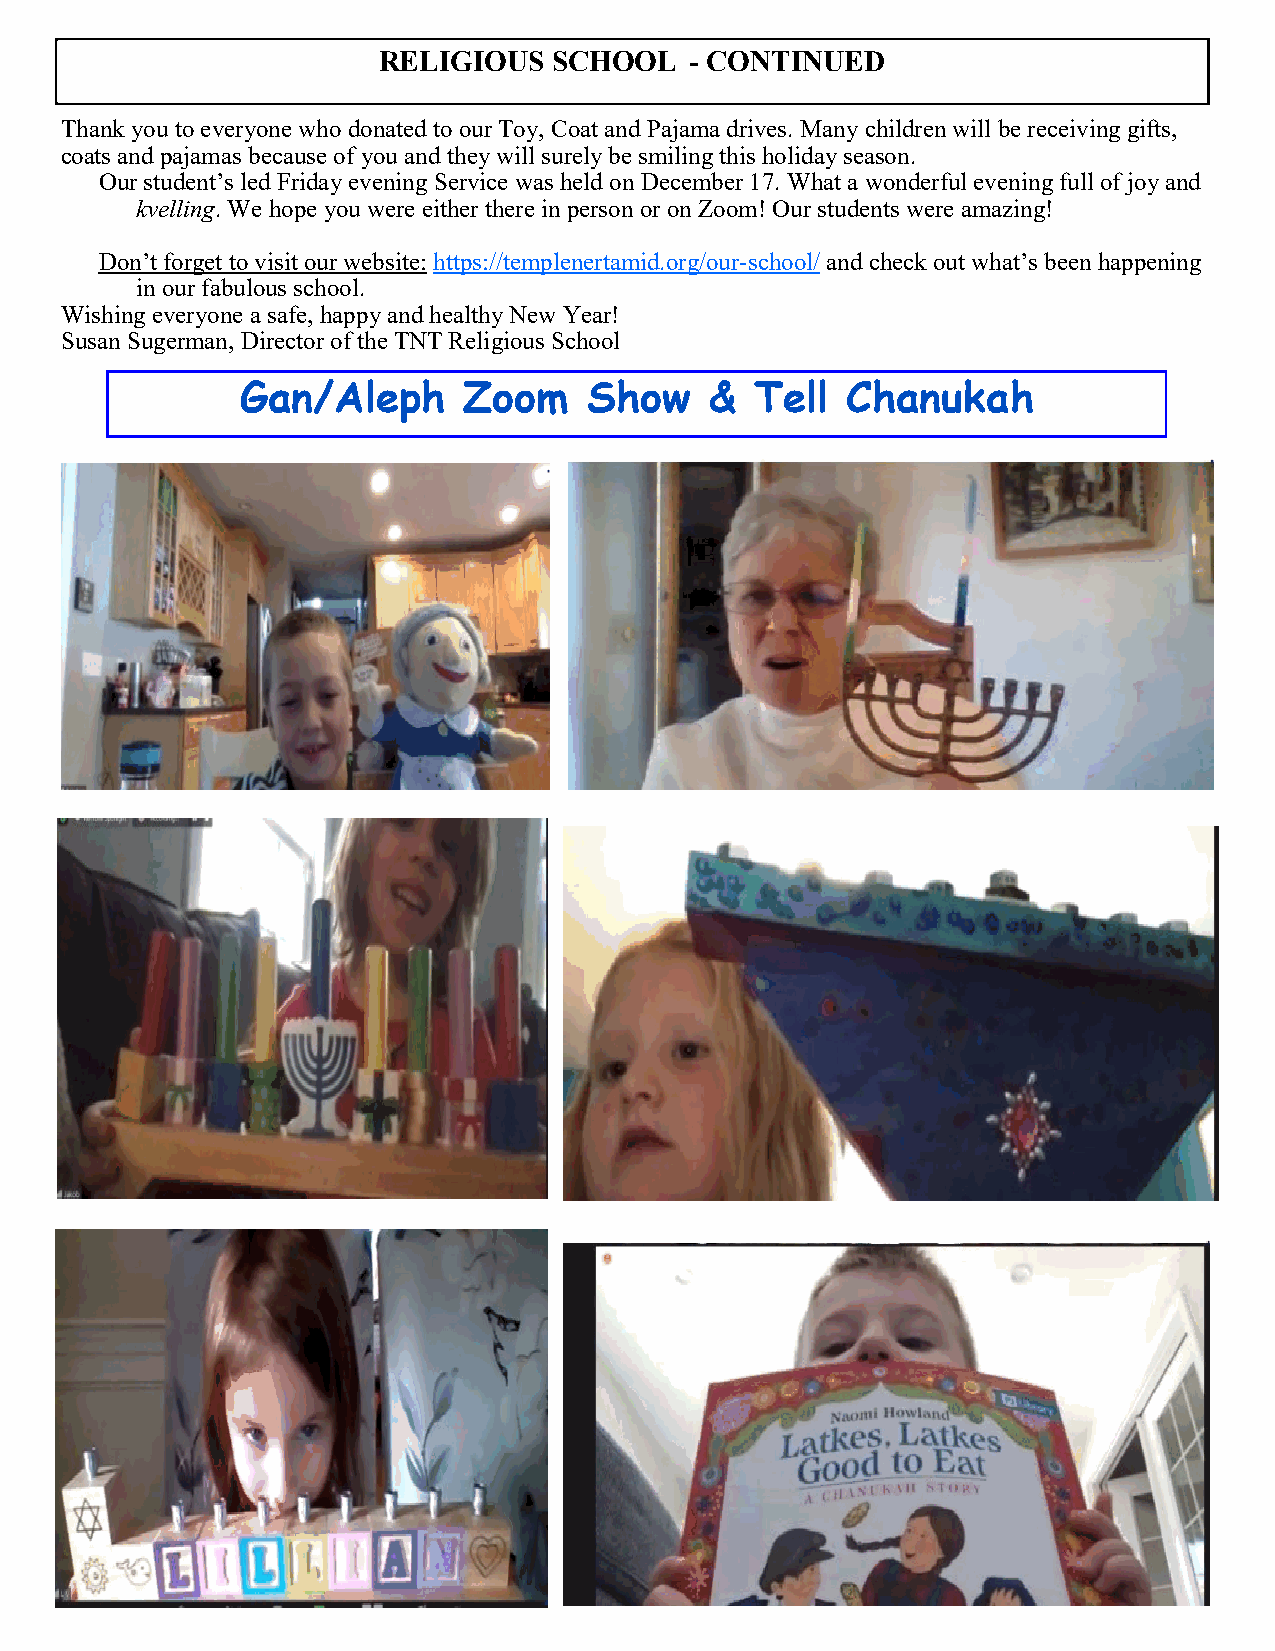
RELIGIOUS   SCHOOL   - CONTINUED
 Thank you to everyone who donated to our Toy, Coat and Pajama drives. Many children will be receiving gifts,
 coats and pajamas because of you and they will surely be smiling this holiday season.
 Our student’s led Friday evening Service was held on December 17. What a wonderful evening full of joy and
 kvelling. We hope you were either there in person or on Zoom! Our students were amazing!
 Don’t forget to visit our website: https://templenertamid.org/our-school/ and check out what’s been happening
 in our fabulous school.
 Wishing everyone a safe, happy and healthy New Year!
 Susan Sugerman, Director of the TNT Religious School
 Gan/Aleph      Zoom    Show    &  Tell  Chanukah